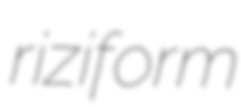
riziform